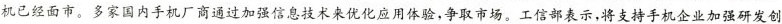
机已经面市。多家国内手机厂商通过加强信息技术来优化应用体验，争取市场。工信部表示，将支持手机企业加强研发创